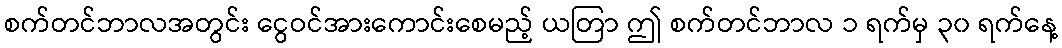
စက်တင်ဘာလအတွင်း ငွေဝင်အားကောင်းစေမည့် ယတြာ ဤ စက်တင်ဘာလ ၁ ရက်မှ ၃၀ ရက်နေ့